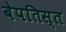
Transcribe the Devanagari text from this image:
बेपतिस्त